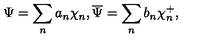
\Psi = \sum _ { n } a _ { n } \chi _ { n } , \overline { { \Psi } } = \sum _ { n } b _ { n } \chi _ { n } ^ { + } ,